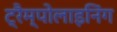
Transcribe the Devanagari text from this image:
ट्रैम्पोलाइनिंग